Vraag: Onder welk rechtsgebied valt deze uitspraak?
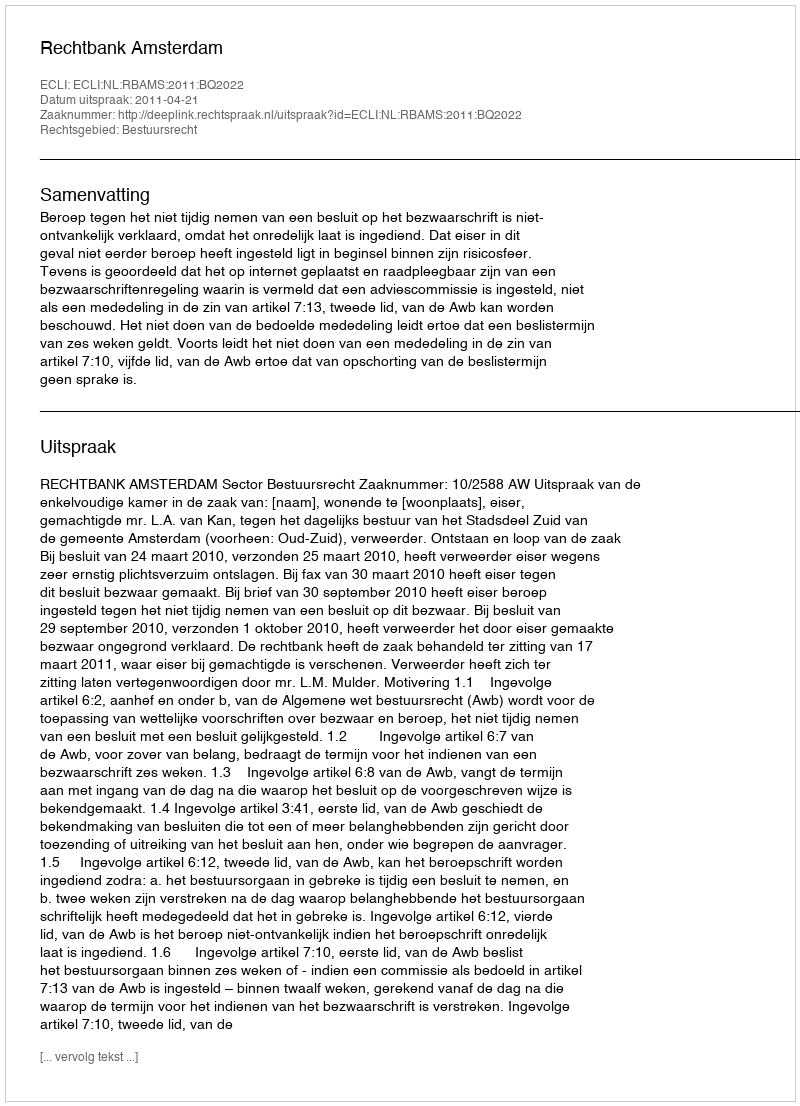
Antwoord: Bestuursrecht